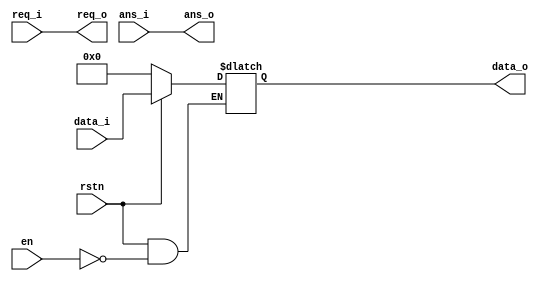
`timescale 1ns / 1ps
/*
function : control input(when to take input
en=1
regwire
*/
module fft_input(
    input wire rstn,
    input wire req_i,
    input wire ans_i,
    input wire en,
    input wire [15:0] data_i,
    output reg req_o,
    output reg ans_o,
    output reg [15:0] data_o
    );
    
    always @(*) begin
        req_o = req_i;
        ans_o = ans_i;
        if(rstn == 1'b0) begin
            data_o <= 16'h0000;
        end
        else if(en == 1'b1) begin
            data_o <= data_i;
        end
    end
endmodule